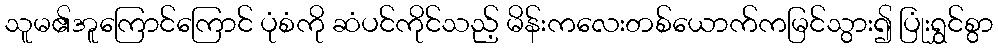
သူမ၏အူကြောင်ကြောင် ပုံစံကို ဆံပင်ကိုင်သည့် မိန်းကလေးတစ်ယောက်ကမြင်သွား၍ ပြုံးရွှင်စွာ